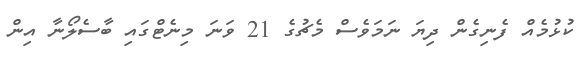
ކުޅުމެއް ފެނިގެން ދިޔަ ނަމަވެސް މެޗުގެ 21 ވަނަ މިނެޓްގައި ބާސެލޯނާ އިން